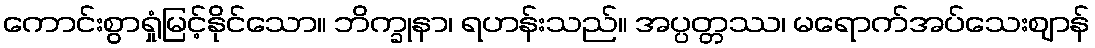
ကောင်းစွာရှုံမြင့်နိုင်သော။ ဘိက္ခုနာ၊ ရဟန်းသည်။ အပ္ပတ္တဿ၊ မရောက်အပ်သေးဈာန်